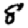
Digit: 8